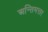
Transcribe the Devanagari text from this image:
अन्तिमत्तर